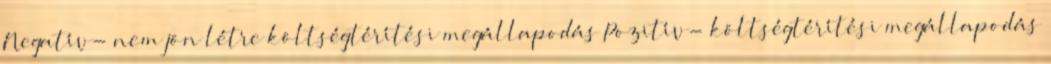
Negatív- nem jön létre költségtérítési megállapodás Pozitív- költségtérítési megállapodás